Lunatic asylums Bombay report 1891-1903 - 1891-1903
Year: 1891
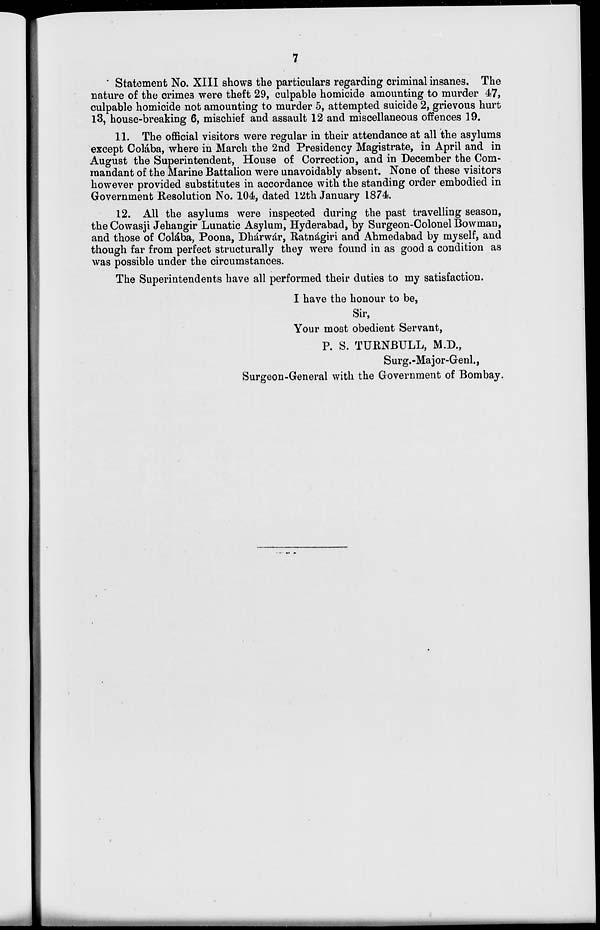
7
Statement No. XIII shows the particulars regarding criminal insanes. The
nature of the crimes were theft 29, culpable homicide amounting to murder 47,
culpable homicide not amounting to murder 5, attempted suicide 2, grievous hurt
13, house-breaking 6, mischief and assault 12 and miscellaneous offences 19.
11. The official visitors were regular in their attendance at all the asylums
except Colába, where in March the 2nd Presidency Magistrate, in April and in
August the Superintendent, House of Correction, and in December the Com-
mandant of the Marine Battalion were unavoidably absent. None of these visitors
however provided substitutes in accordance with the standing order embodied in
Government Resolution No. 104, dated 12th January 1874.
12. All the asylums were inspected during the past travelling season,
the Cowasji Jehangir Lunatic Asylum, Hyderabad, by Surgeon-Colonel Bowman,
and those of Colába, Poona, Dhárwár, Ratnágiri and Ahmedabad by myself, and
though far from perfect structurally they were found in as good a condition as
was possible under the circumstances.
The Superintendents have all performed their duties to my satisfaction.
I have the honour to be,
Sir,
Your most obedient Servant,
P. S. TURNBULL, M.D.,
Surg.-Major-Genl.,
Surgeon-General with the Government of Bombay.